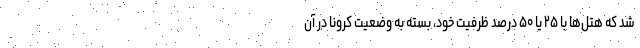
شد که هتل‌ها با ۲۵ یا ۵۰ درصد ظرفیت خود، بسته به وضعیت کرونا در آن